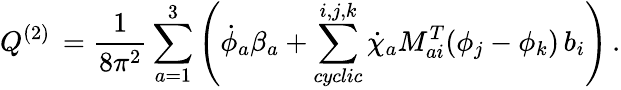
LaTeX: {Q}^{(2)}\, =\frac{1}{8\pi^{2}}\sum_{a=1}^{3}\left(\dot{\phi}_{a}\beta_{a}+\sum_{cyclic}^{i,j,k}\dot{\chi}_{a}M_{ai}^{T}(\phi_{j}-\phi_{k})\, b_{i}\right)\, .